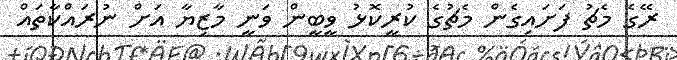
ރޭގެ މެޗު ފަށައިގެން މެޗުގެ ކުރީކޮޅު ވީބީން ވަނީ މާޒިޔާ އަށް ނުރައްކާތައް